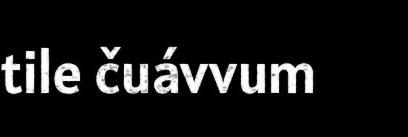
tile čuávvum